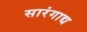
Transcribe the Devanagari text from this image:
सारंगाद्य